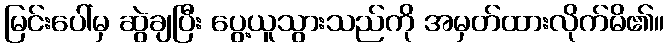
မြင်းပေါ်မှ ဆွဲချပြီး ပွေ့ယူသွားသည်ကို အမှတ်ထားလိုက်မိ၏။